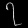
Digit: ၇